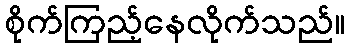
စိုက်ကြည့်နေလိုက်သည်။